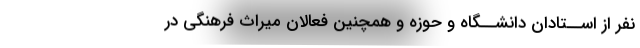
نفر از اســتادان دانشــگاه و حوزه و همچنین فعالان میراث فرهنگی در